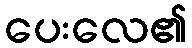
ပေးလေ၏